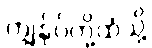
ကျွန်ုပ်တို့ထံသို့